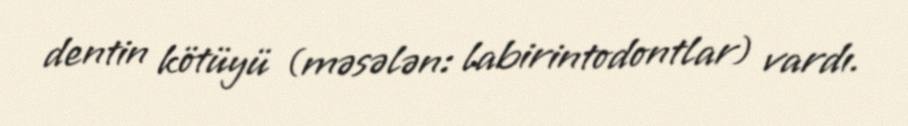
dentin kötüyü (məsələn: labirintodontlar) vardı.